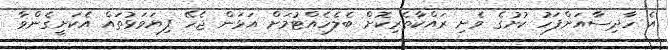
އެ ހާދިސާއަށްފަހު ކުށުގެ ވެށި ރައްކާތެރިކޮށް ބެލެހެއްޓުމަށް އަޅަން ޖެހޭ ފިޔަވަޅުތައް އެކަށީގެންވާ